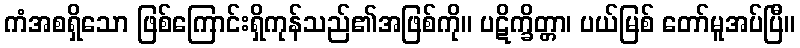
ကံအစရှိသော ဖြစ်ကြောင်းရှိကုန်သည်၏အဖြစ်ကို။ ပဋိက္ခိတ္တာ၊ ပယ်မြစ် တော်မူအပ်ပြီ။